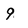
Character: 9